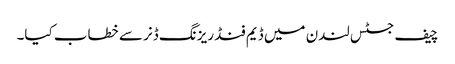
چیف جسٹس لندن میں ڈیم فنڈ ریزنگ ڈنر سے خطاب کیا۔